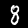
Label: 8